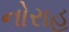
નોરાહ